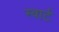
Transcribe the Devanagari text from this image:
स्वार्ट